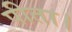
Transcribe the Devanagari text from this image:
पीता।